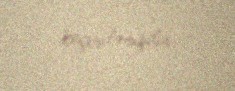
keçirilmişdir.